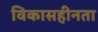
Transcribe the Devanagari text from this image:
विकासहीनता